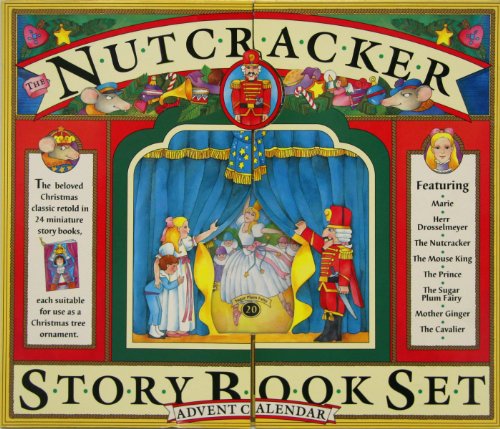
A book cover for The Nutcracker Story Book Set and Advent Calendar; Calendars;